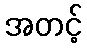
အတင့်